Bréfritari: Halldór Pétursson
Viðtakandi: Jón Borgfirðingur
Dagsetning: A-1857-06-21
Skrifað á: Illugastöðum í Fnjóskadal  S-Þing.

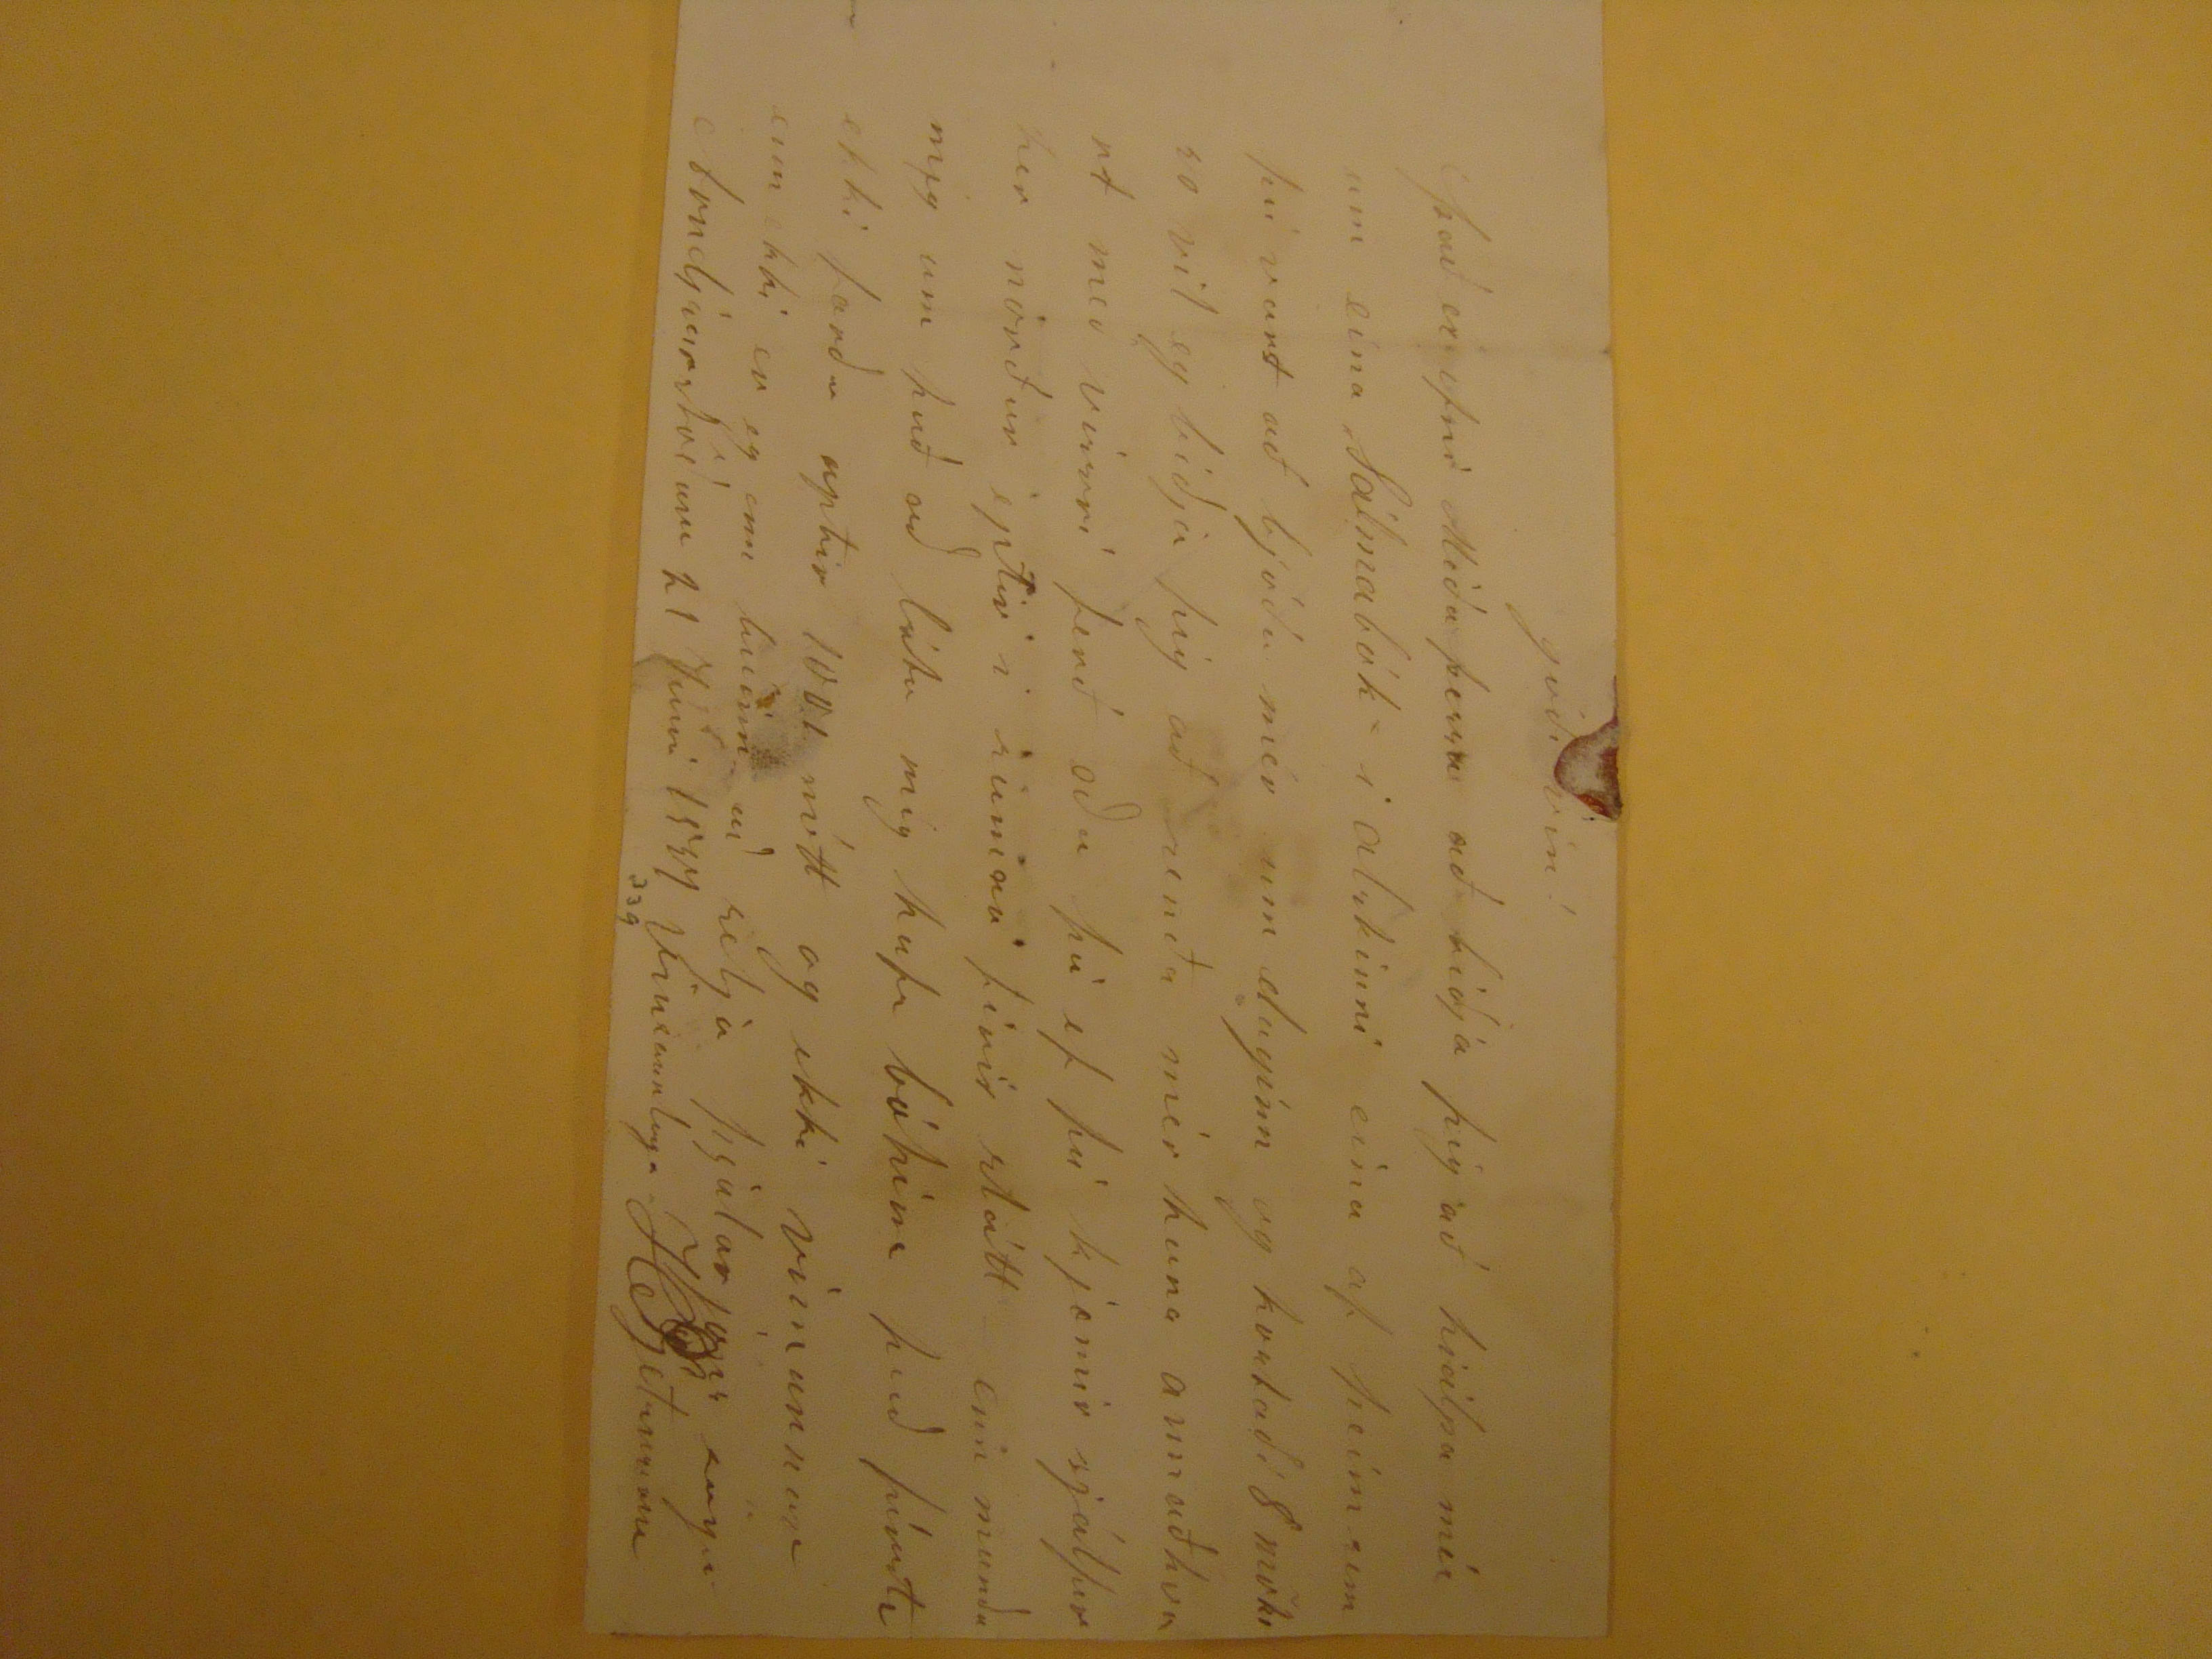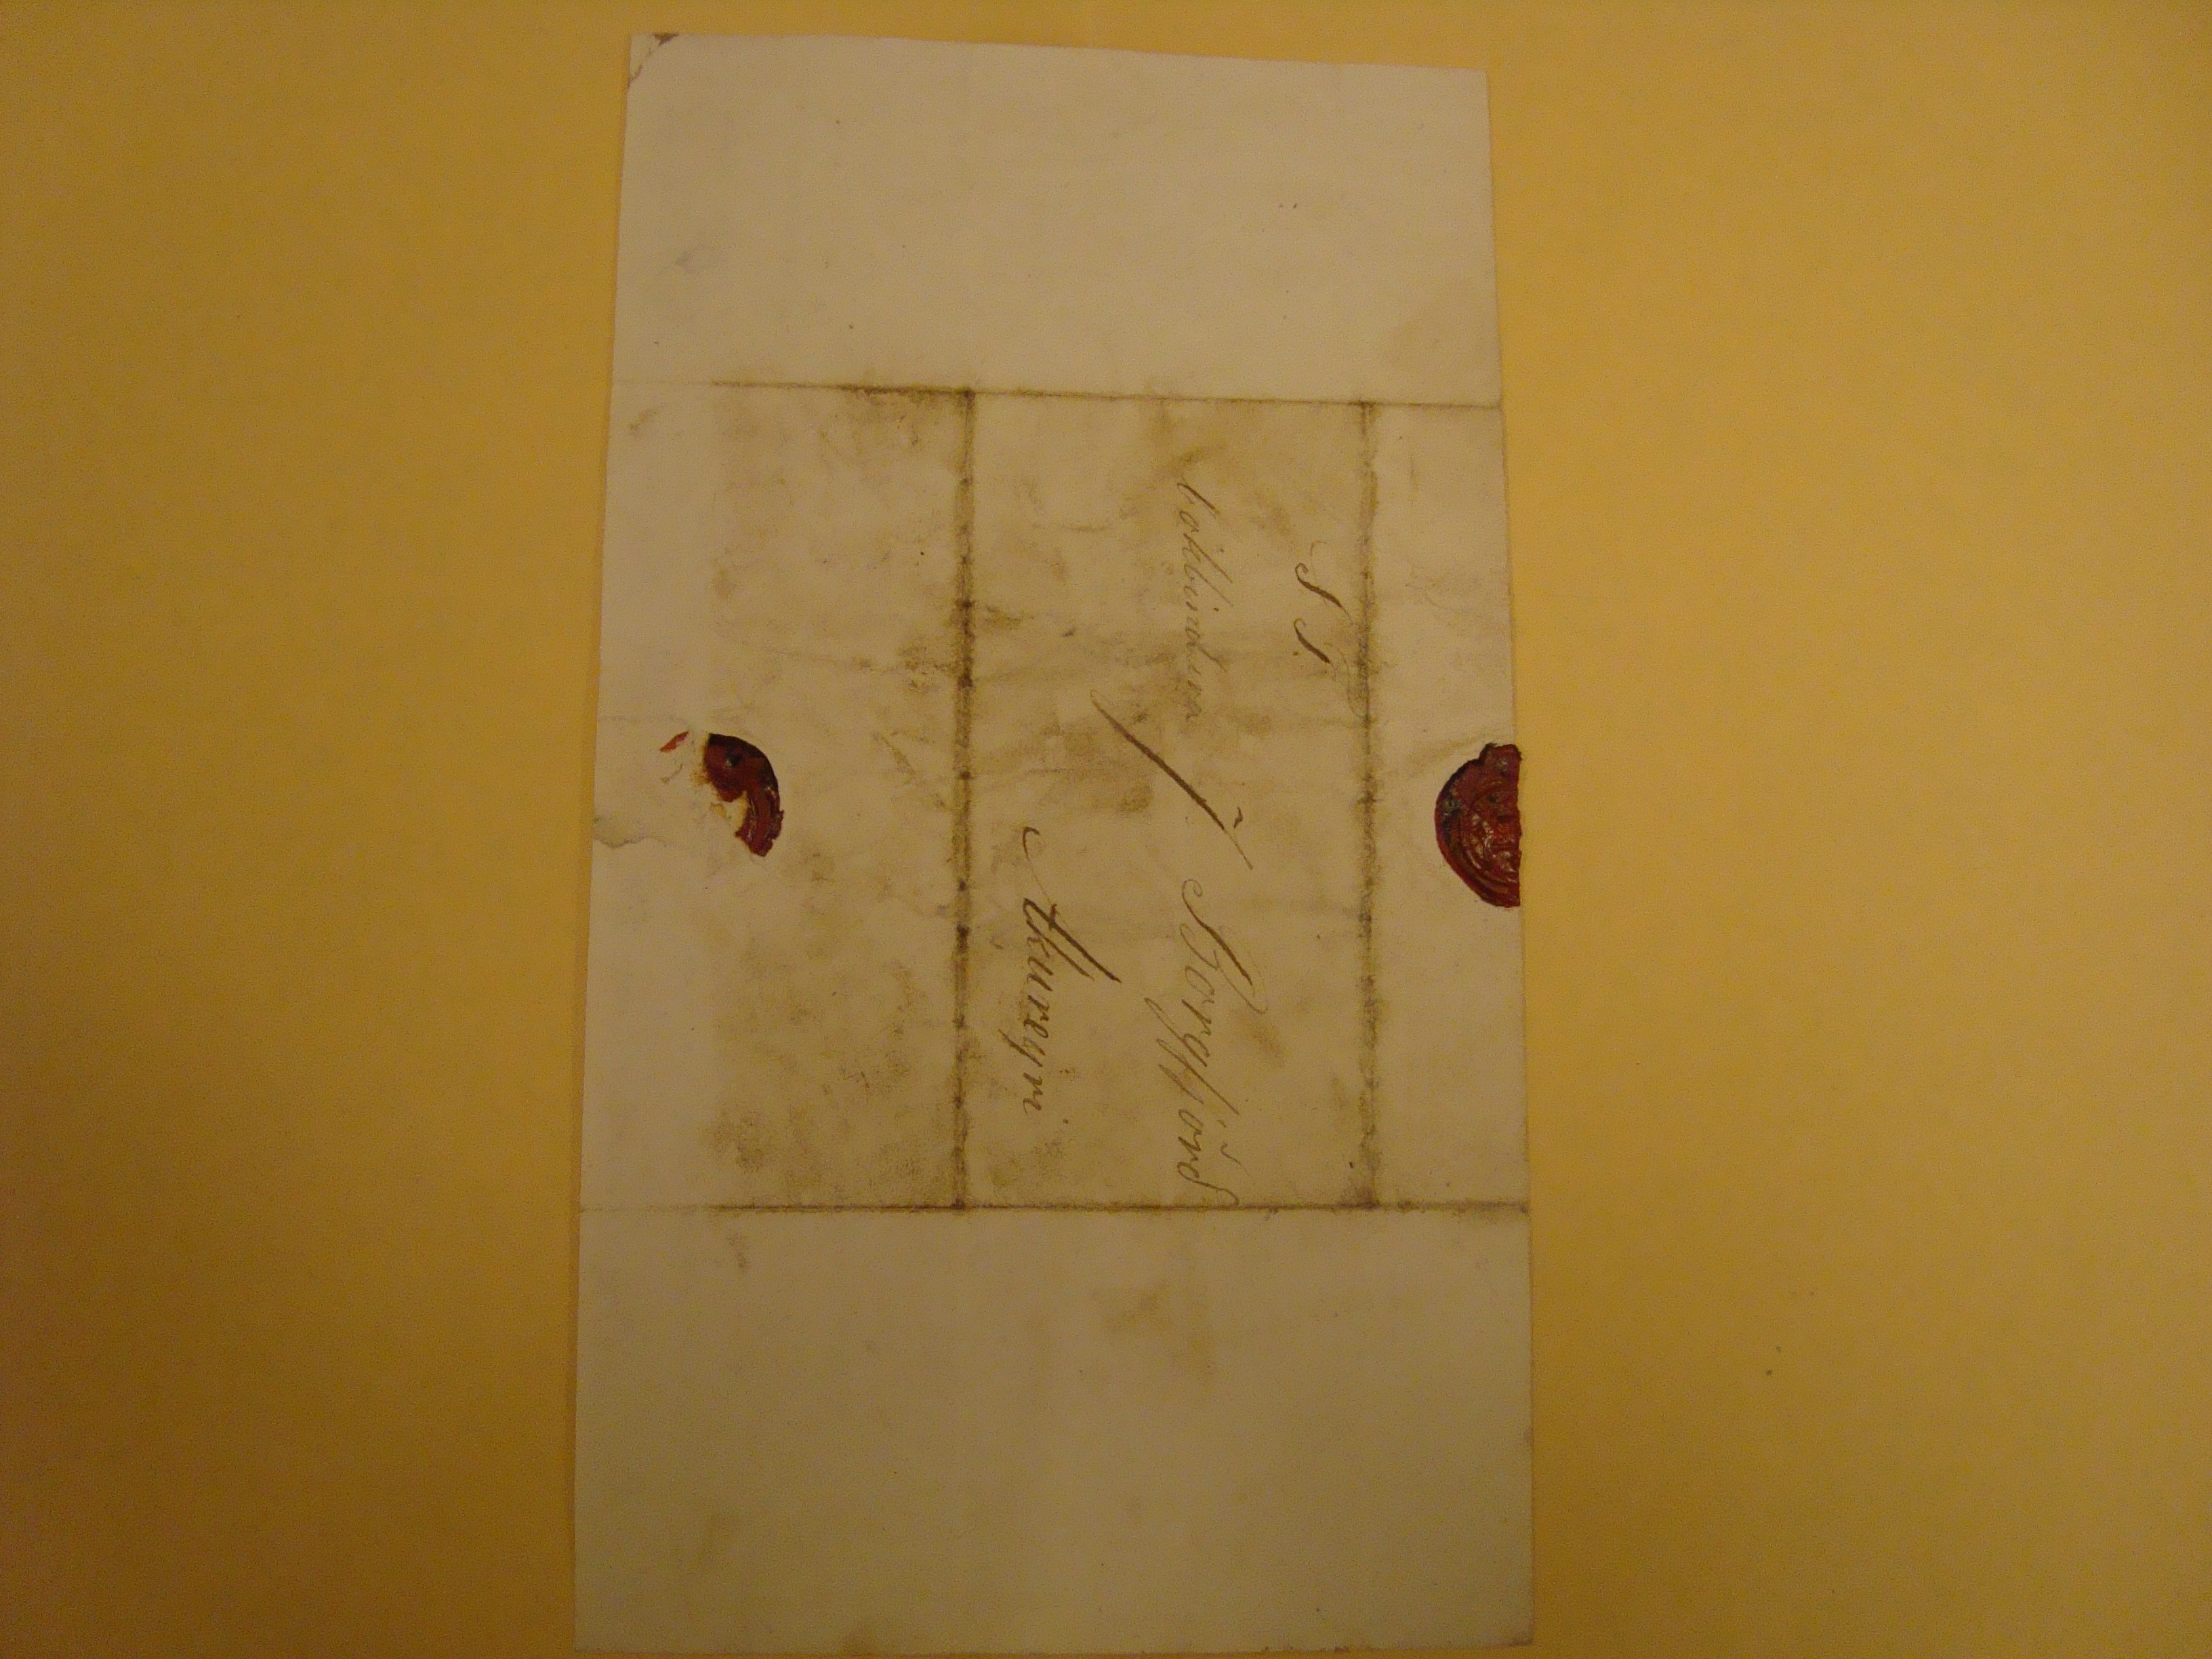

gódi vin!
það er efni Miða þessar að biðja þig að hiálpa mér um eina Sálmabók i alskinni einu af þeim sem þú varst að bjóða mér um daginn og kostaði 8
mökr
so vil eg biðja þig að senða mér hana annaðhvoer með vissri ferð eða þà ef þù kjæmir sjálfur her norður eptir i sumar firir slátt enn mundu mig um það að láta mig hafa bókina það fírsta ekki færðu aptir 1001 nótt og ekki
vinunnar
um ekki er eg enn búinn að selja þjalar jons sögu
Arnljaarlúinn
21 Juni 1857 Vinsamlega HPjetursson
S.T.
bókbindara J. Borgfjörð
Akureyri